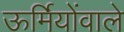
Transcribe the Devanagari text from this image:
ऊर्मियोंवाले